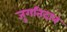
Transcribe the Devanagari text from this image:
जुगतिदान